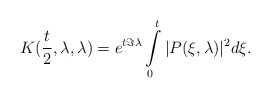
\begin{align*} K (\frac{t}{2}, \lambda, \lambda) = e^{t \Im \lambda } \int\limits_0^t | P (\xi, \lambda )|^2 d\xi.\end{align*}